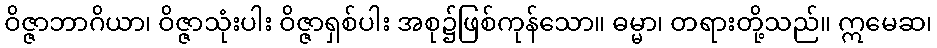
ဝိဇ္ဇာဘာဂိယာ၊ ဝိဇ္ဇာသုံးပါး ဝိဇ္ဇာရှစ်ပါး အစု၌ဖြစ်ကုန်သော။ ဓမ္မာ၊ တရားတို့သည်။ ဣမေဆ၊